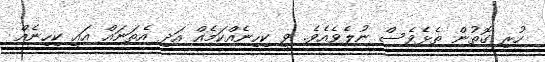
ހުރި ގޮތުން ތެޅެވެސް ނުލެވެއެވެ. ވީ ކިހިނެއްކަމެއް އަދި އެތަނައް އައީ ކިހިނެއް